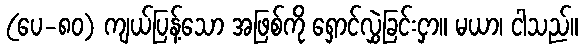
(ပေ-၈၀) ကျယ်ပြန့်သော အဖြစ်ကို ရှောင်လွှဲခြင်းငှာ။ မယာ၊ ငါသည်။